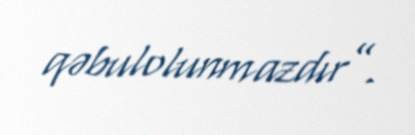
qəbulolunmazdır”.